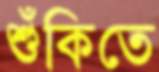
শুঁকিতে